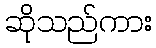
ဆိုသည်ကား